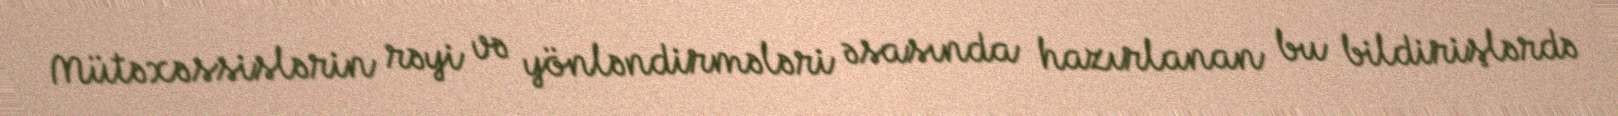
Mütəxəssislərin rəyi və yönləndirmələri əsasında hazırlanan bu bildirişlərdə